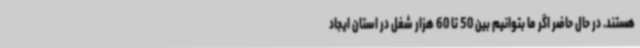
هستند. در حال حاضر اگر ما بتوانیم بین 50 تا 60 هزار شغل در استان ایجاد